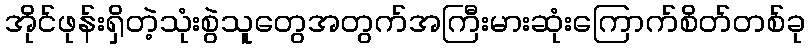
အိုင်ဖုန်းရှိတဲ့သုံးစွဲသူတွေအတွက်အကြီးမားဆုံးကြောက်စိတ်တစ်ခု